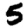
Digit: 5